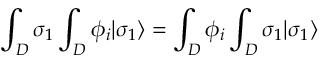
\int _ { D } \sigma _ { 1 } \int _ { D } \phi _ { i } | \sigma _ { 1 } \rangle = \int _ { D } \phi _ { i } \int _ { D } \sigma _ { 1 } | \sigma _ { 1 } \rangle \,